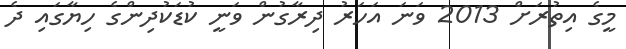
މީގެ އިތުރަށް 2013 ވަނަ އަހަރު ދިރާގުން ވަނީ ކުޑަކުދިންގެ ހިޔާގައި ދެ